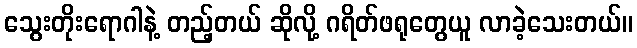
သွေးတိုးရောဂါနဲ့ တည့်တယ် ဆိုလို့ ဂရိတ်ဖရုတွေယူ လာခဲ့သေးတယ်။